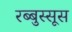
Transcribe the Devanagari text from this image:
रब्बुस्सूस